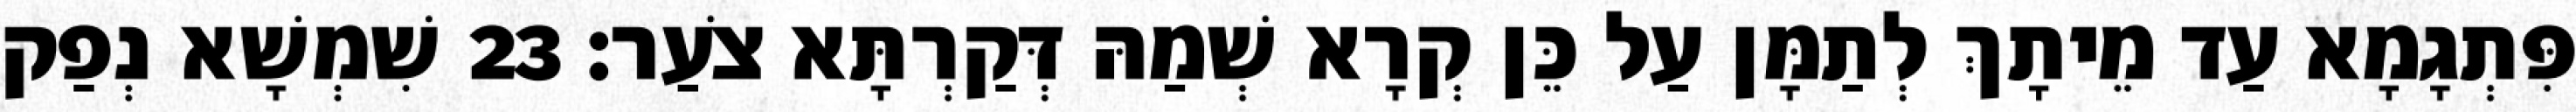
פִּתְגָמָא עַד מֵיתָךְ לְתַמָּן עַל כֵּן קְרָא שְׁמַהּ דְּקַרְתָּא צֹעַר׃ 23 שִׁמְשָׁא נְפַק